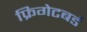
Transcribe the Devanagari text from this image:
फ्रिगेटबर्ड